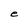
Character: e